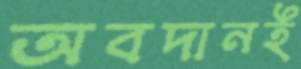
অবদানই